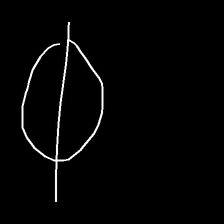
Glyph: orb